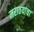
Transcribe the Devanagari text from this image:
मराठयांचा